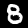
Digit: 8